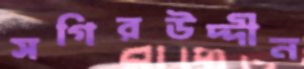
সগিরউদ্দীন